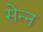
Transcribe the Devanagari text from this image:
सेन्न